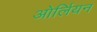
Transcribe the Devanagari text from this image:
ओर्लियन